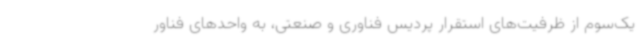
یک‌سوم از ظرفیت‌های استقرار پردیس فناوری و صنعتی، به واحدهای فناور